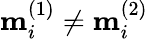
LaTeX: \mathbf{m}_{i}^{(1)}\neq\mathbf{m}_{i}^{(2)}